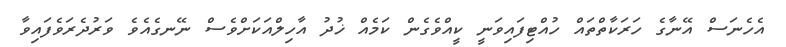
އެހެނަސް އޭނާގެ ހަރަކާތްތައް ހުއްޓިފައިވަނީ ކީއްވެގެން ކަމެއް ޚުދު އާހިލްއަކަށްވެސް ނޭނގެއެވެ ވަރުދެރަވެފައިވާ